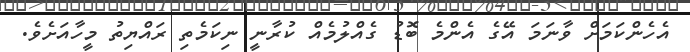
އެހެންކަމަށް ވާނަމަ އޭގެ އެންމެ ބޮޑު ގެއްލުމެއް ކުރާނީ ނިކަމެތި ރައްޔިތު މީހާއަށެވެ.